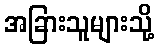
အခြားသူများသို့